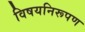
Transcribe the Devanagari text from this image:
विषयनिरूपण